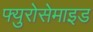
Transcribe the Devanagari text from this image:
फ्युरोसेमाइड